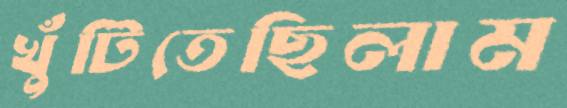
খুঁটিতেছিলাম